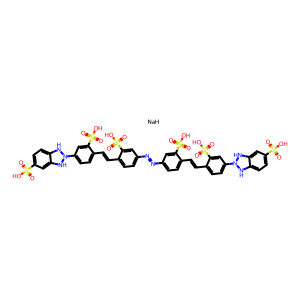
SMILES: O=S(=O)(O)c1ccc2c(c1)NN(c1ccc(C=Cc3ccc(N=Nc4ccc(C=Cc5ccc(N6Nc7ccc(S(=O)(=O)O)cc7N6)cc5S(=O)(=O)O)c(S(=O)(=O)O)c4)cc3S(=O)(=O)O)c(S(=O)(=O)O)c1)N2.[NaH]
Inhibits HIV replication: Yes